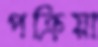
পক্রিয়া